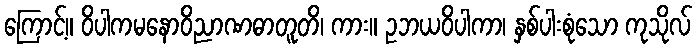
ကြောင့်။ ဝိပါကမနောဝိညာဏဓာတူတိ၊ ကား။ ဥဘယဝိပါကာ၊ နှစ်ပါးစုံသော ကုသိုလ်